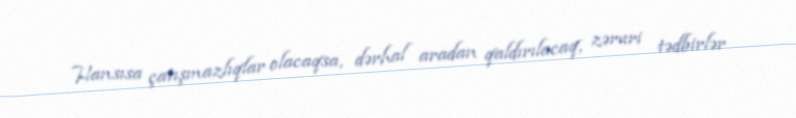
Hansısa çatışmazlıqlar olacaqsa, dərhal aradan qaldırılacaq, zəruri tədbirlər